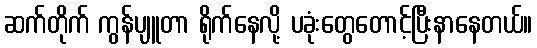
ဆက်တိုက် ကွန်ပျူတာ ရိုက်နေလို့ ပခုံးတွေတောင့်ပြီးနာနေတယ်။